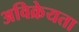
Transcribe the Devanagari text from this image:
अविक्रेयता